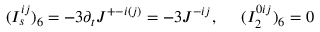
( I _ { s } ^ { i j } ) _ { 6 } = - 3 \partial _ { t } J ^ { + - i ( j ) } = - 3 J ^ { - i j } , \; \; \; \; \; ( I _ { 2 } ^ { 0 i j } ) _ { 6 } = 0